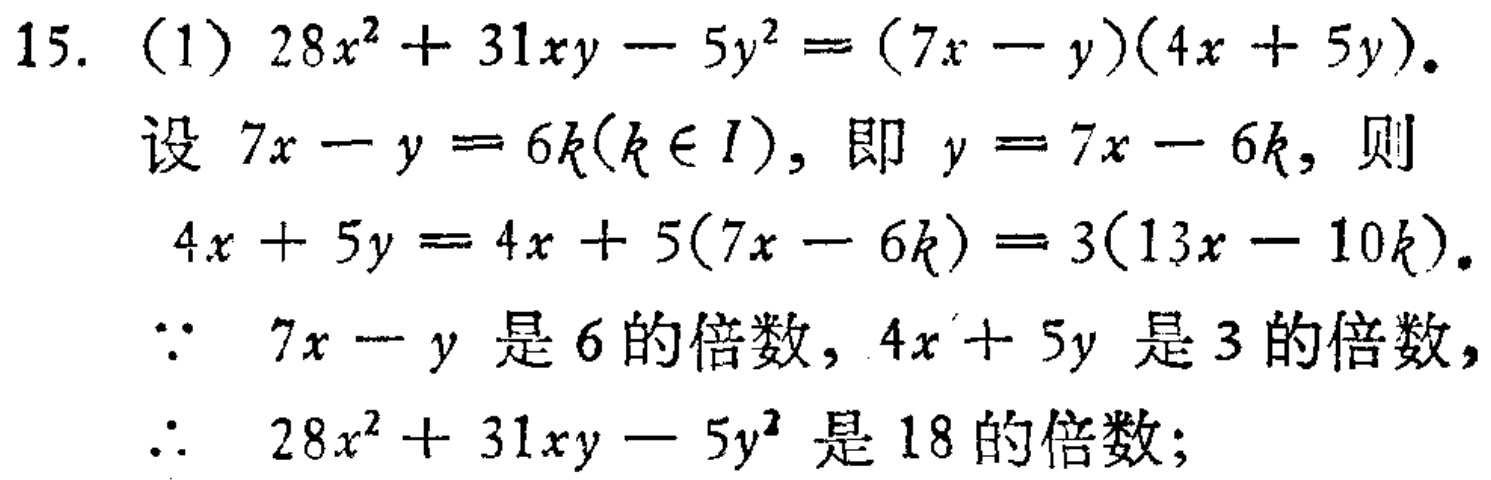
15. (1) \(28x^{2}+31xy - 5y^{2}=(7x - y)(4x + 5y)\).

设 \(7x - y = 6k(k\in I)\), 即 \(y = 7x - 6k\), 则

\(4x + 5y = 4x + 5(7x - 6k)=3(13x - 10k)\).

\(\because\ 7x - y\) 是 \(6\) 的倍数, \(4x + 5y\) 是 \(3\) 的倍数,

\(\therefore\ 28x^{2}+31xy - 5y^{2}\) 是 \(18\) 的倍数;